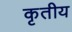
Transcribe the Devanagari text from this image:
कृतीय